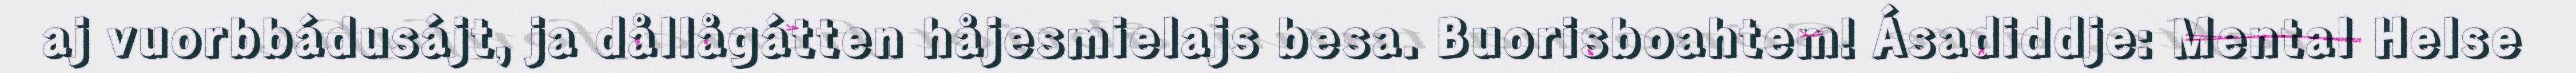
aj vuorbbádusájt, ja dållågátten håjesmielajs besa. Buorisboahtem! Ásadiddje: Mental Helse